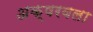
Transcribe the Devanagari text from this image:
अक्षरवला